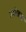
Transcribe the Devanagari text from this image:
उमरेडचा